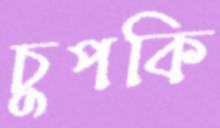
চুপকি